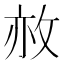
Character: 𢼜